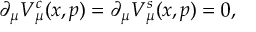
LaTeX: \partial _ { \mu } V _ { \mu } ^ { c } ( x , p ) = \partial _ { \mu } V _ { \mu } ^ { s } ( x , p ) = 0 ,